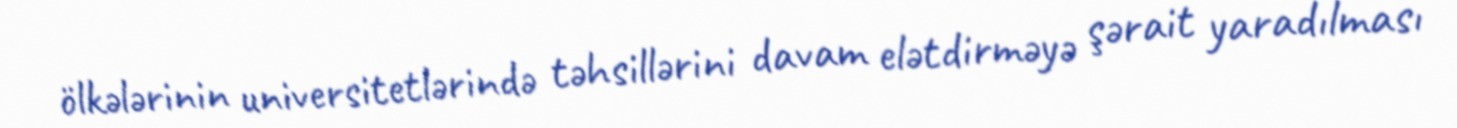
ölkələrinin universitetlərində təhsillərini davam elətdirməyə şərait yaradılması